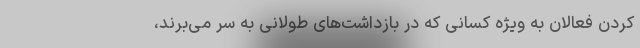
کردن فعالان به ویژه کسانی که در بازداشت‌های طولانی به سر می‌برند،